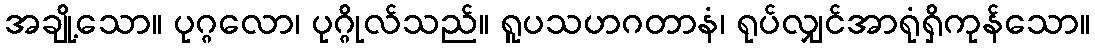
အချို့သော။ ပုဂ္ဂလော၊ ပုဂ္ဂိုလ်သည်။ ရူပသဟဂတာနံ၊ ရုပ်လျှင်အာရုံရှိကုန်သော။